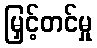
မြှင့်တင်မှု